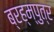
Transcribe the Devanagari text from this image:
ब्रह्म्पुत्र